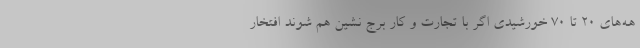
هه‌های 20 تا 70 خورشیدی اگر با تجارت و کار برج نشین هم شوند افتخار